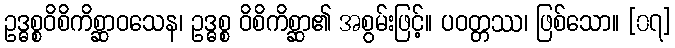
ဥဒ္ဓစ္စဝိစိကိစ္ဆာဝသေန၊ ဥဒ္ဓစ္စ ဝိစိကိစ္ဆာ၏ အစွမ်းဖြင့်။ ပဝတ္တဿ၊ ဖြစ်သော။ [၀၇]